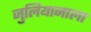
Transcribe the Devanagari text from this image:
जुलियानाला